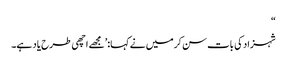
“
شہزاد کی بات سن کرمیں نے کہا:’مجھے اچھی طرح یاد ہے۔